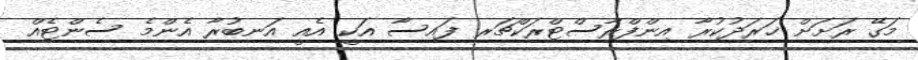
މަގޭ ރަށަށް ޚަރަދުކުރާ އިންފްރާސްޓްރަކްޗަރ ފައިސާ އަކީ އެއީ އަނބުރާ އެންމެ ސެންޓެެއް